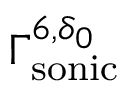
\Gamma _ { \mathrm { s o n i c } } ^ { 6 , \delta _ { 0 } }